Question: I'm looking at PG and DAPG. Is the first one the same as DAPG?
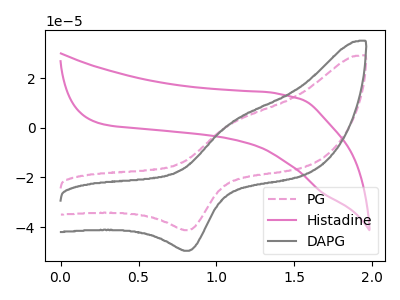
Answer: <think>The pink dashed curve "PG" has an anodic peak at (1.10V, 1.90uA) and a cathodic peak at (0.85V, -41.25uA). The pink curve "Histadine" has no peaks. The gray curve "DAPG" has an anodic peak at (1.10V, 2.30uA) and a cathodic peak at (0.85V, -49.55uA).
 All the peaks in "PG" have a peak in "DAPG" at the same potential. Every peak in "PG" is lower than every peak in "DAPG".</think>
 <answer>"PG" and "DAPG" are similar in shape.</answer>
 <eval>same_shape</eval>